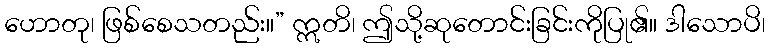
ဟောတု၊ ဖြစ်စေသတည်း။” ဣတိ၊ ဤသို့ဆုတောင်းခြင်းကိုပြု၏။ ဒါသောပိ၊